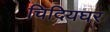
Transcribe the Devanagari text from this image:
चिदियघर